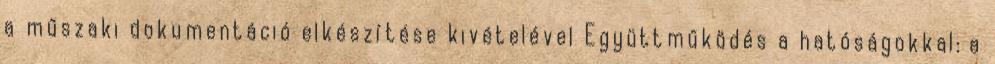
a műszaki dokumentáció elkészítése kivételével Együttműködés a hatóságokkal: a